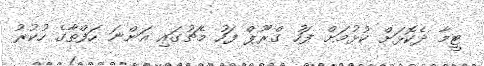
ޓީމާ ދެކޮޅަށް ކުޅުމަށް ފަހު ގްރޫޕް ފަހު މެޗުގައި އަންނަ ހަފްތާގެ ހުކުރު